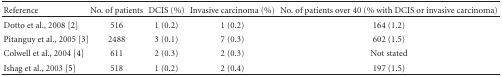
| Reference | No. of patients | DCIS (%) | Invasive carcinoma (%) | No. of patients over 40 (% with DCIS or invasive carcinoma) |
 | --- | --- | --- | --- | --- |
 | Dotto et al., 2008 [2] | 516 | 1 (0.2) | 1 (0.2) | 164 (1.2) |
 | Pitanguy et al., 2005 [3] | 2488 | 3 (0.1) | 7 (0.3) | 602 (1.5) |
 | Colwell et al., 2004 [4] | 611 | 2 (0.3) | 2 (0.3) | Not stated |
 | Ishag et al., 2003 [5] | 518 | 1 (0.2) | 2 (0.4) | 197 (1.5) |